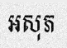
អសុភ